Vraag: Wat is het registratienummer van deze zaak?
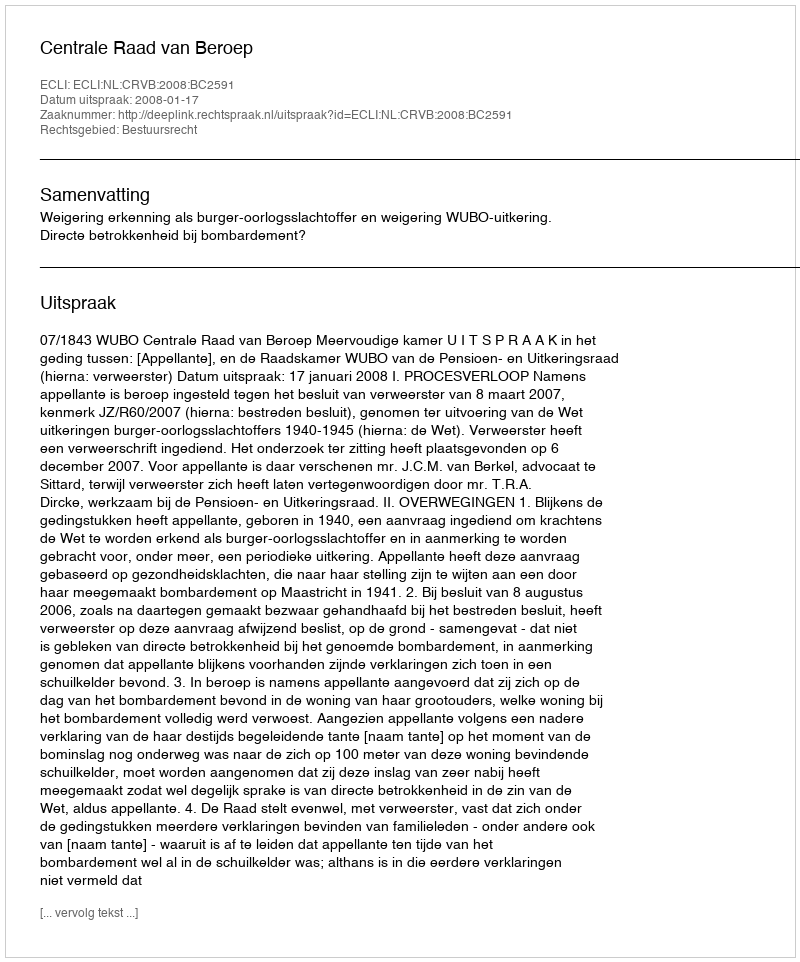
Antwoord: http://deeplink.rechtspraak.nl/uitspraak?id=ECLI:NL:CRVB:2008:BC2591